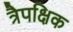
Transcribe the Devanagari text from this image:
त्रैपक्षिक